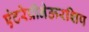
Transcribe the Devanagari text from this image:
एंटरेप्रीनेऊरशिप